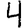
Digit: 4